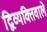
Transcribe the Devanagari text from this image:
द्विव्यक्तिवाले